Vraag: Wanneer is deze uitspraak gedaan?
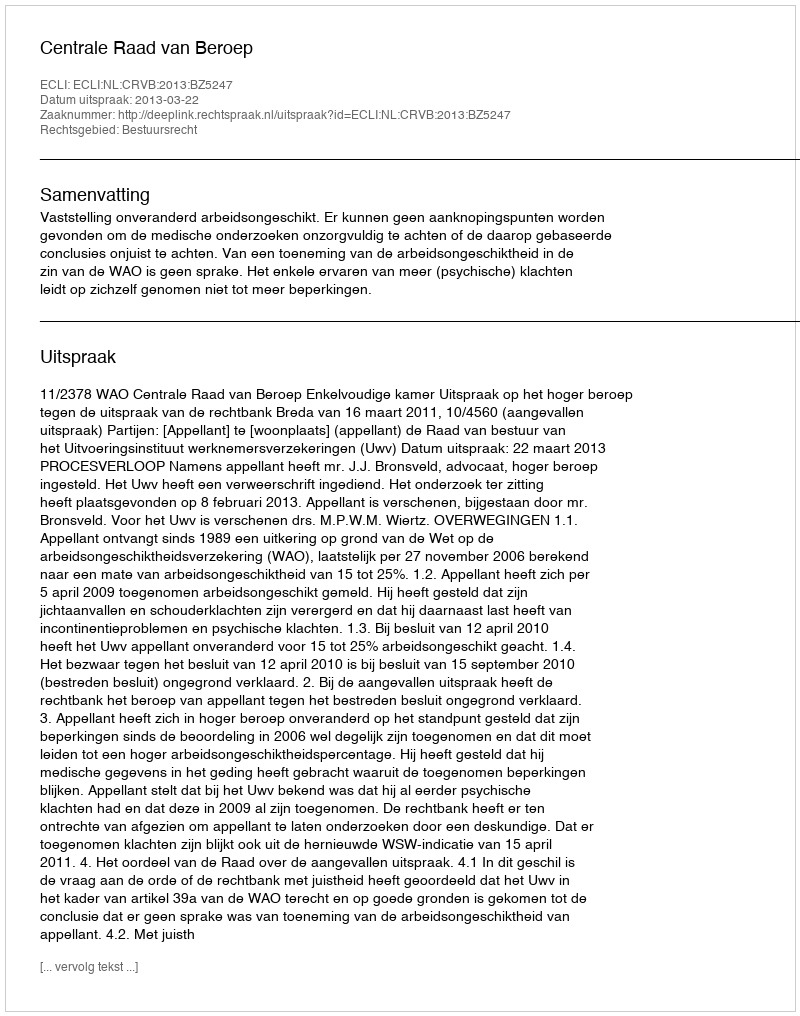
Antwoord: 2013-03-22